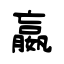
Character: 嬴